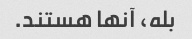
بله، آنها هستند.